Tartu_pedagoogiumi_aruanded, lk 14
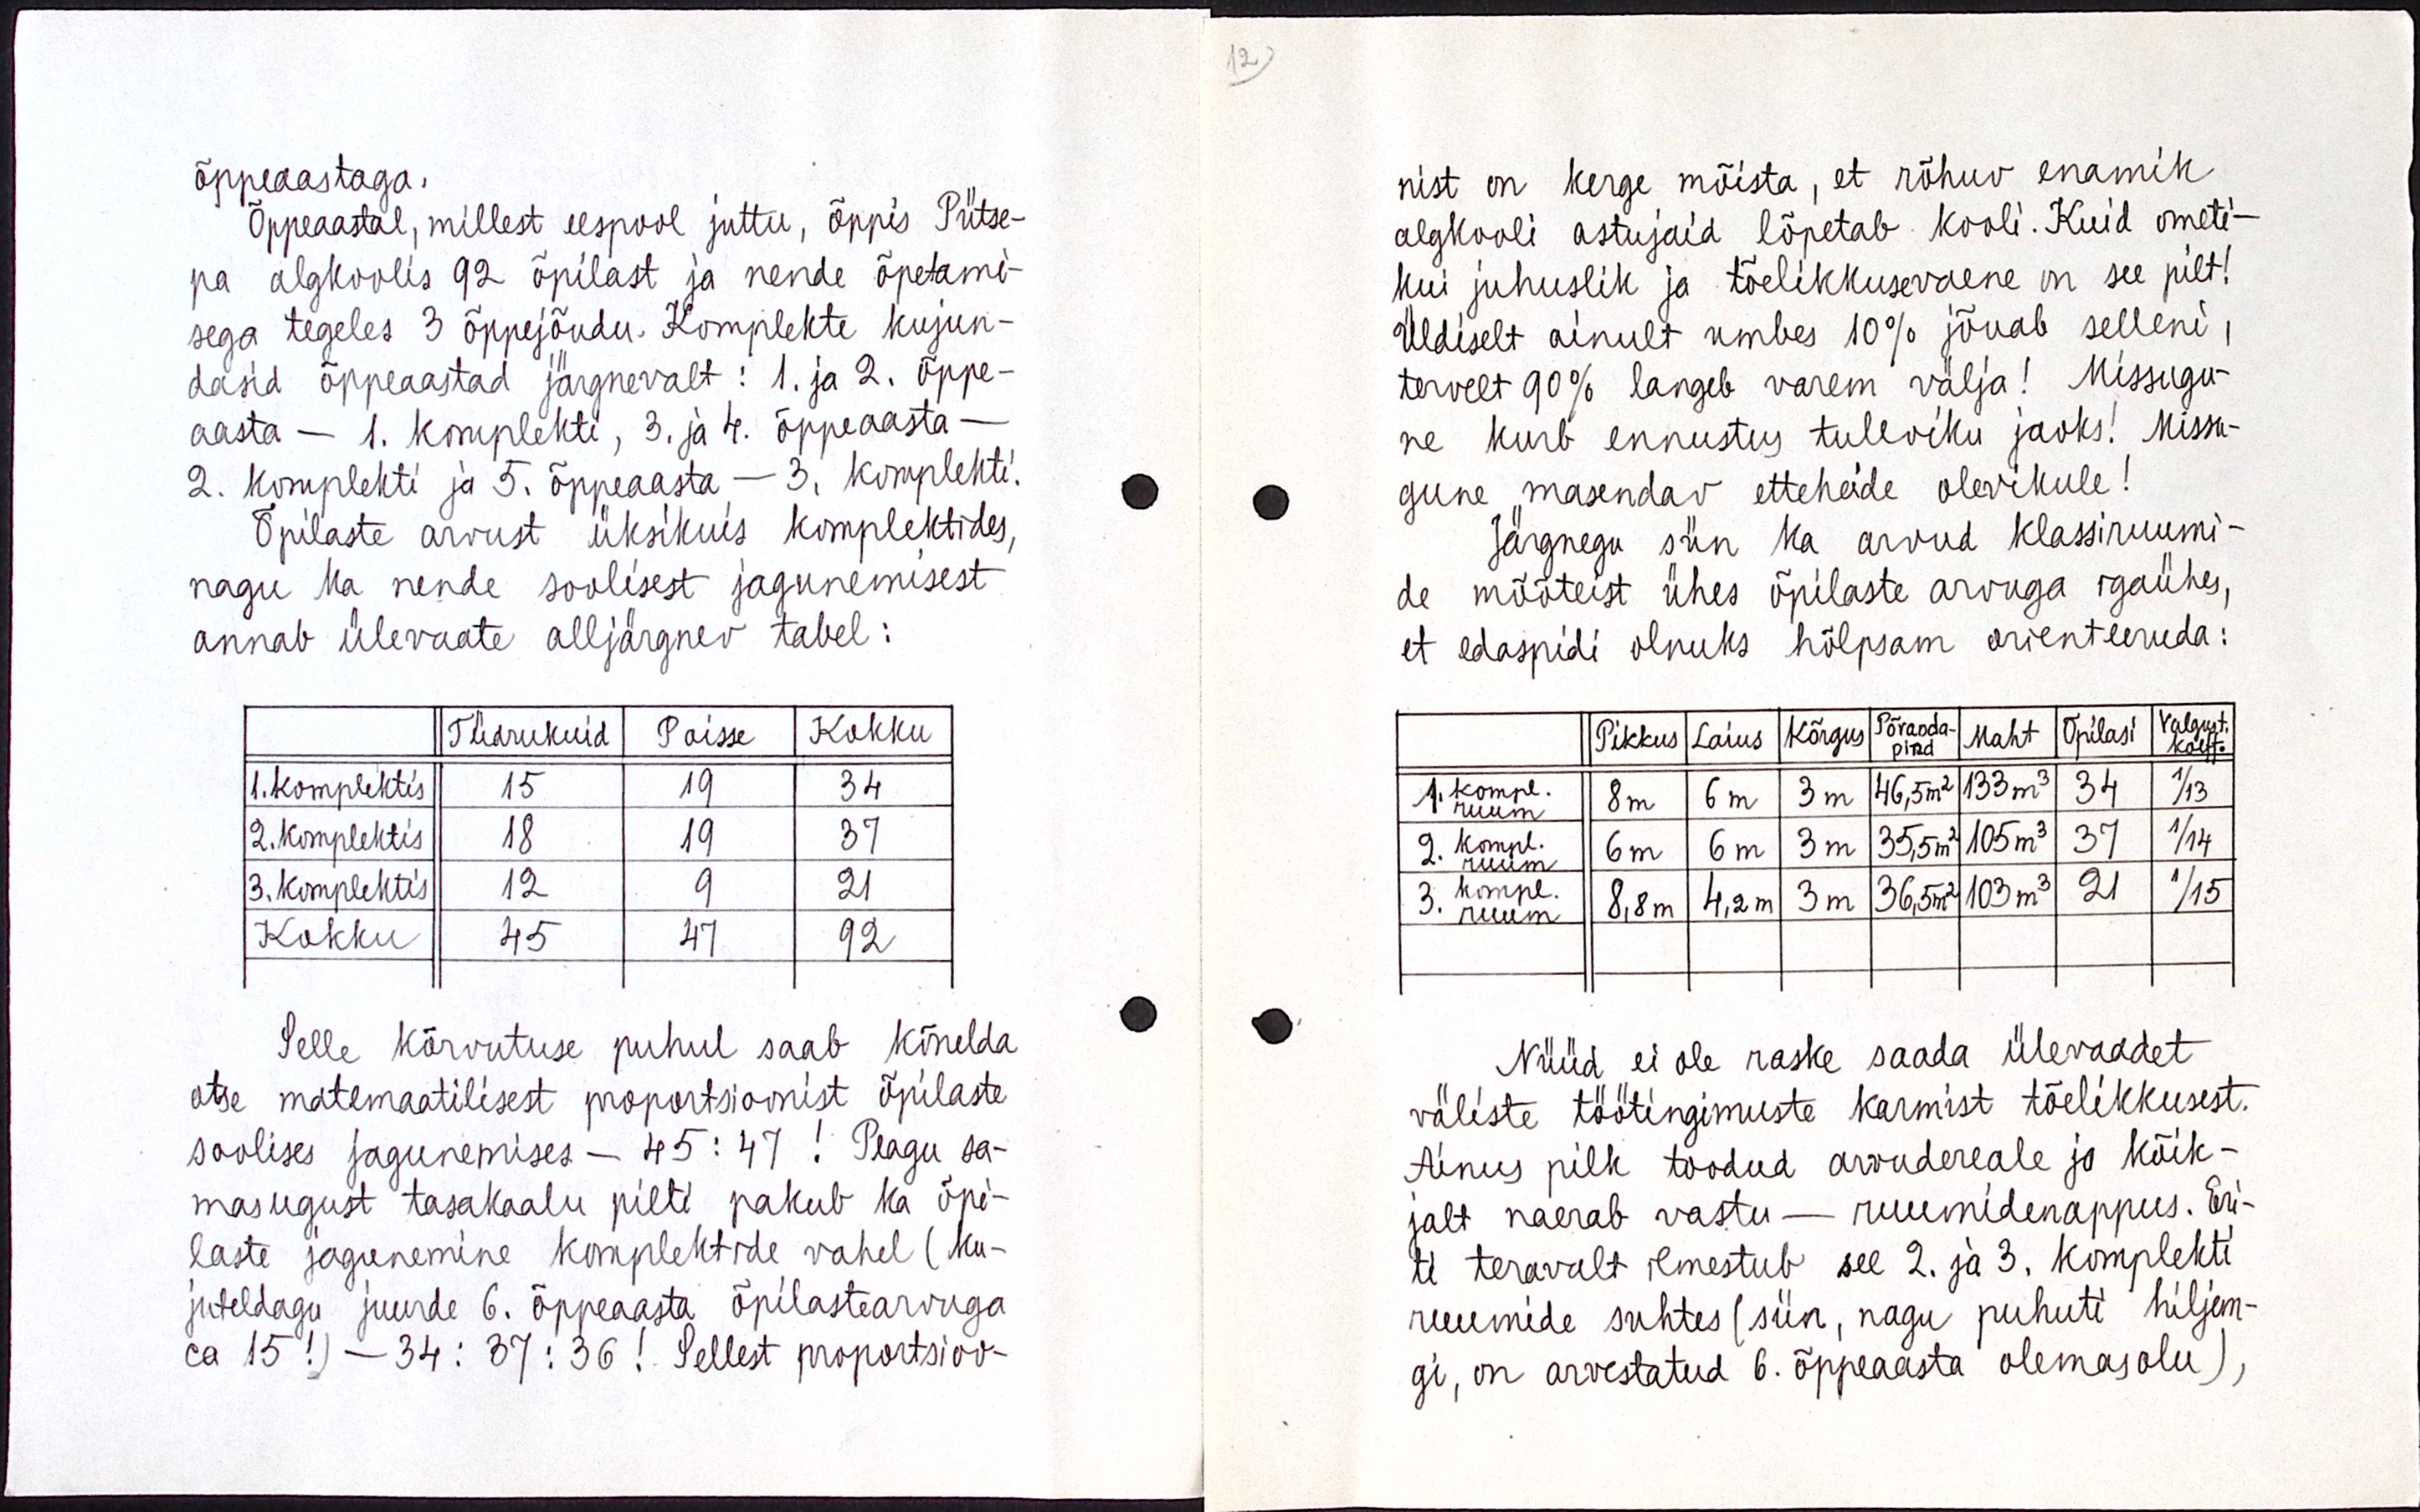
õppeaastaga.
Õppeaastal, millest eespool juttu, õppis Pütse-
pa algkoolis 92 õpilast ja nende õpetami-
sega tegeles 3 õppejõudu. Komplekte kujun-
dasid õppeaastad järgnevalt : 1. ja 2. õppe-
aasta - 1. komplekti, 3. ja 4. õppeaasta - 
2. komplekti ja 5. õppeaasta - 3 komplekti.
Õpilaste arvust üksikuis komplektides,
nagu ka nende soolisest jagunemisest
annab ülevaate alljärgnev tabel:
Kokku
Poisse
Tüdrukuid
1. Komplektis
15
34
19
2. Komplektis
18
37
19
12
3. Komplektis
9
21
45
Kokku
92
47
Selle kõrvutuse puhul saab kõnelda
otse matemaatilisest proportsioonist õpilaste
soolises jagunemises - 45:47 ! Peaaegu sa-
masugust tasakaalu pilti pakub ka õpi-
laste jagunemine komplektide vahel ( ku-
juteldagu juurde 6. õppeaasta õpilastearvuga
ca 15! ) - 34:37:36! Sellest proportsioo-

nist on kerge mõista, et rõhuv enamik
algkooli astajaid lõpetab kooli. Kuid ometi -
kui juhuslik ja tõelikkusevaene on see pilt!
Üldiselt ainult umbes 10% jõuab selleni,
tervelt 90% langeb varem välja! Missugu-
ne kurb ennustus tuleviku jaoks! Missu-
gune masendav etteheide olevikule!
Järgnegu siin ka arvud klassiruumi-
de mõõteist ühes õpilaste arvuga igaühes, 
et edaspidi olnuks hõlpsam orienteeruda :
Maht
Õpilasi
Pikkus
Laius
Kõrgus
Põranda-pind
Valgust. koeff
46,5m2
133 m3
34
1/13
3 m
6 m
8 m
35.5 m2
105 m3
3 m
6 m
6 m
1/14
37
1/15
36.5 m2
103 m3
3 m
21
8.8 m
4.2 m
Nüüd ei ole raske saada ülevaadet
väliste töötingimuste karmist tõelikkusest.
Ainus pilk toodud arvudereale ja kõik-
jalt naerab vastu - ruumidenappus. Eri-
ti teravalt ilmestub see 2. ja 3. komplekti 
ruumide suhtes (siin, nagu puhuti hiljem-
gi, on arvestatud 6. õppeaasta olemasolu),